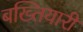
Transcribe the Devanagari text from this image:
बख्तियारी